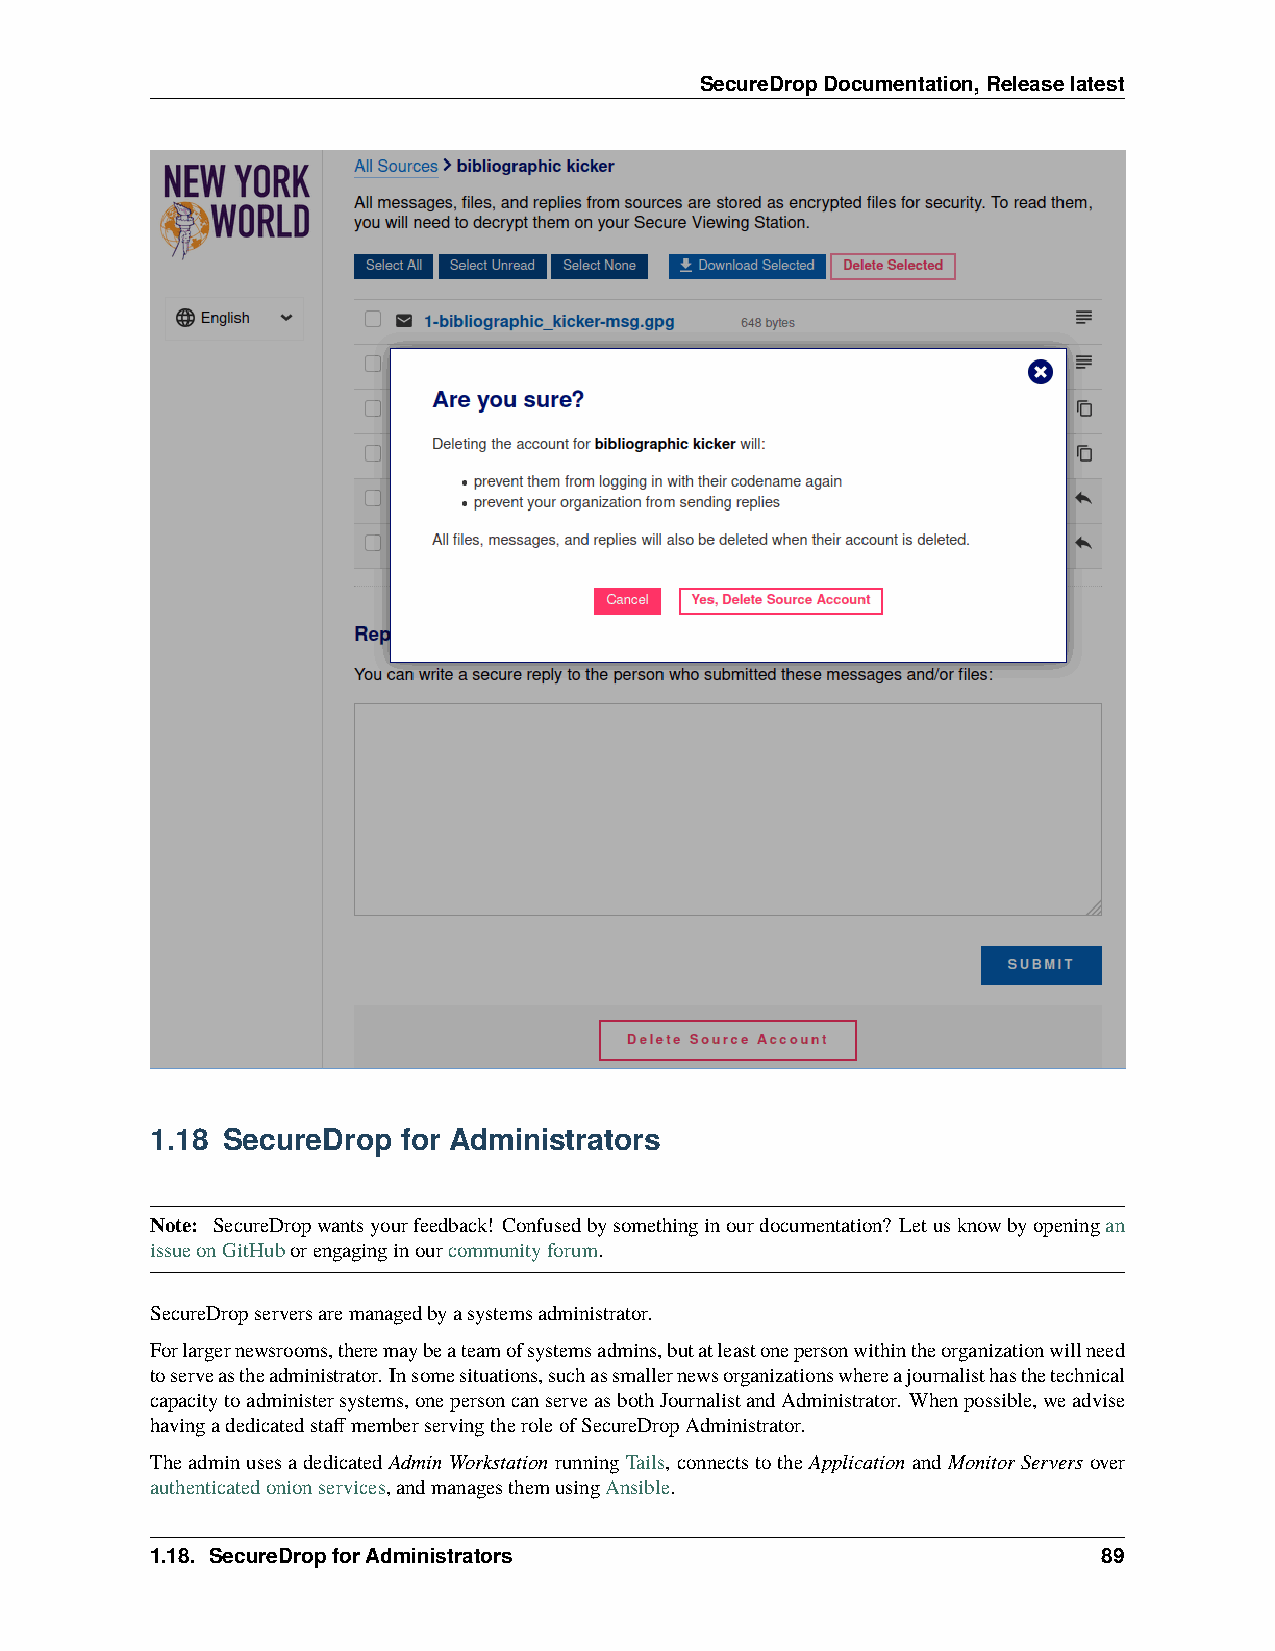
SecureDropDocumentation,Releaselatest
 1.18 SecureDrop  for Administrators
 Note: SecureDropwantsyourfeedback! Confusedbysomethinginourdocumentation? Letusknowbyopeningan
 issueonGitHuborengaginginourcommunityforum.
 SecureDropserversaremanagedbyasystemsadministrator.
 Forlargernewsrooms,theremaybeateamofsystemsadmins,butatleastonepersonwithintheorganizationwillneed
 toserveastheadministrator. Insomesituations,suchassmallernewsorganizationswhereajournalisthasthetechnical
 capacitytoadministersystems,onepersoncanserveasbothJournalistandAdministrator. Whenpossible,weadvise
 havingadedicatedstaffmemberservingtheroleofSecureDropAdministrator.
 TheadminusesadedicatedAdminWorkstationrunningTails,connectstotheApplicationandMonitorServersover
 authenticatedonionservices,andmanagesthemusingAnsible.
 1.18. SecureDropforAdministrators                              89